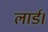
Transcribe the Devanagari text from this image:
लार्ड।